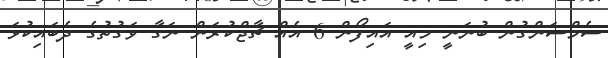
ސެމްސަންގުން ބުނަނީ މިއީ އައިފޯން 6 އެއް ޗާޖްކުރަން ނަގާ ވަގުތުގެ ދެބައިކުޅަ